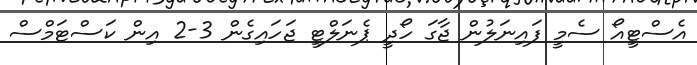
އެސްޓީއޯ ސެމީ ފައިނަލުން ޖާގަ ހޯދީ ޕެނަލްޓީ ޖަހައިގެން 3-2 އިން ކަސްޓަމްސް